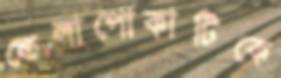
তেলাপোকাটিকে